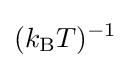
(k_{\rm {B}}T)^{-1}